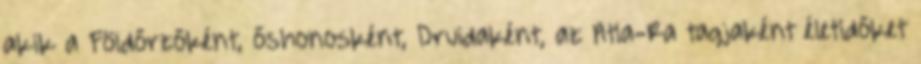
akik a Földőrzőként, őshonosként, Druidaként, az Atla-Ra tagjaként életidőket